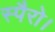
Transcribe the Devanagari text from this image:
स्पैरो।